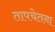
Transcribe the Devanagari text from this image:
तापचेतना